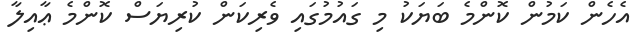
އެހެން ކަމުން ކޮންމެ ބަޔަކު މި ގައުމުގައި ވެރިކަން ކުރިޔަސް ކޮންމެ ޢާއިލާ